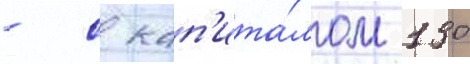
- с кап'ита́лом 130